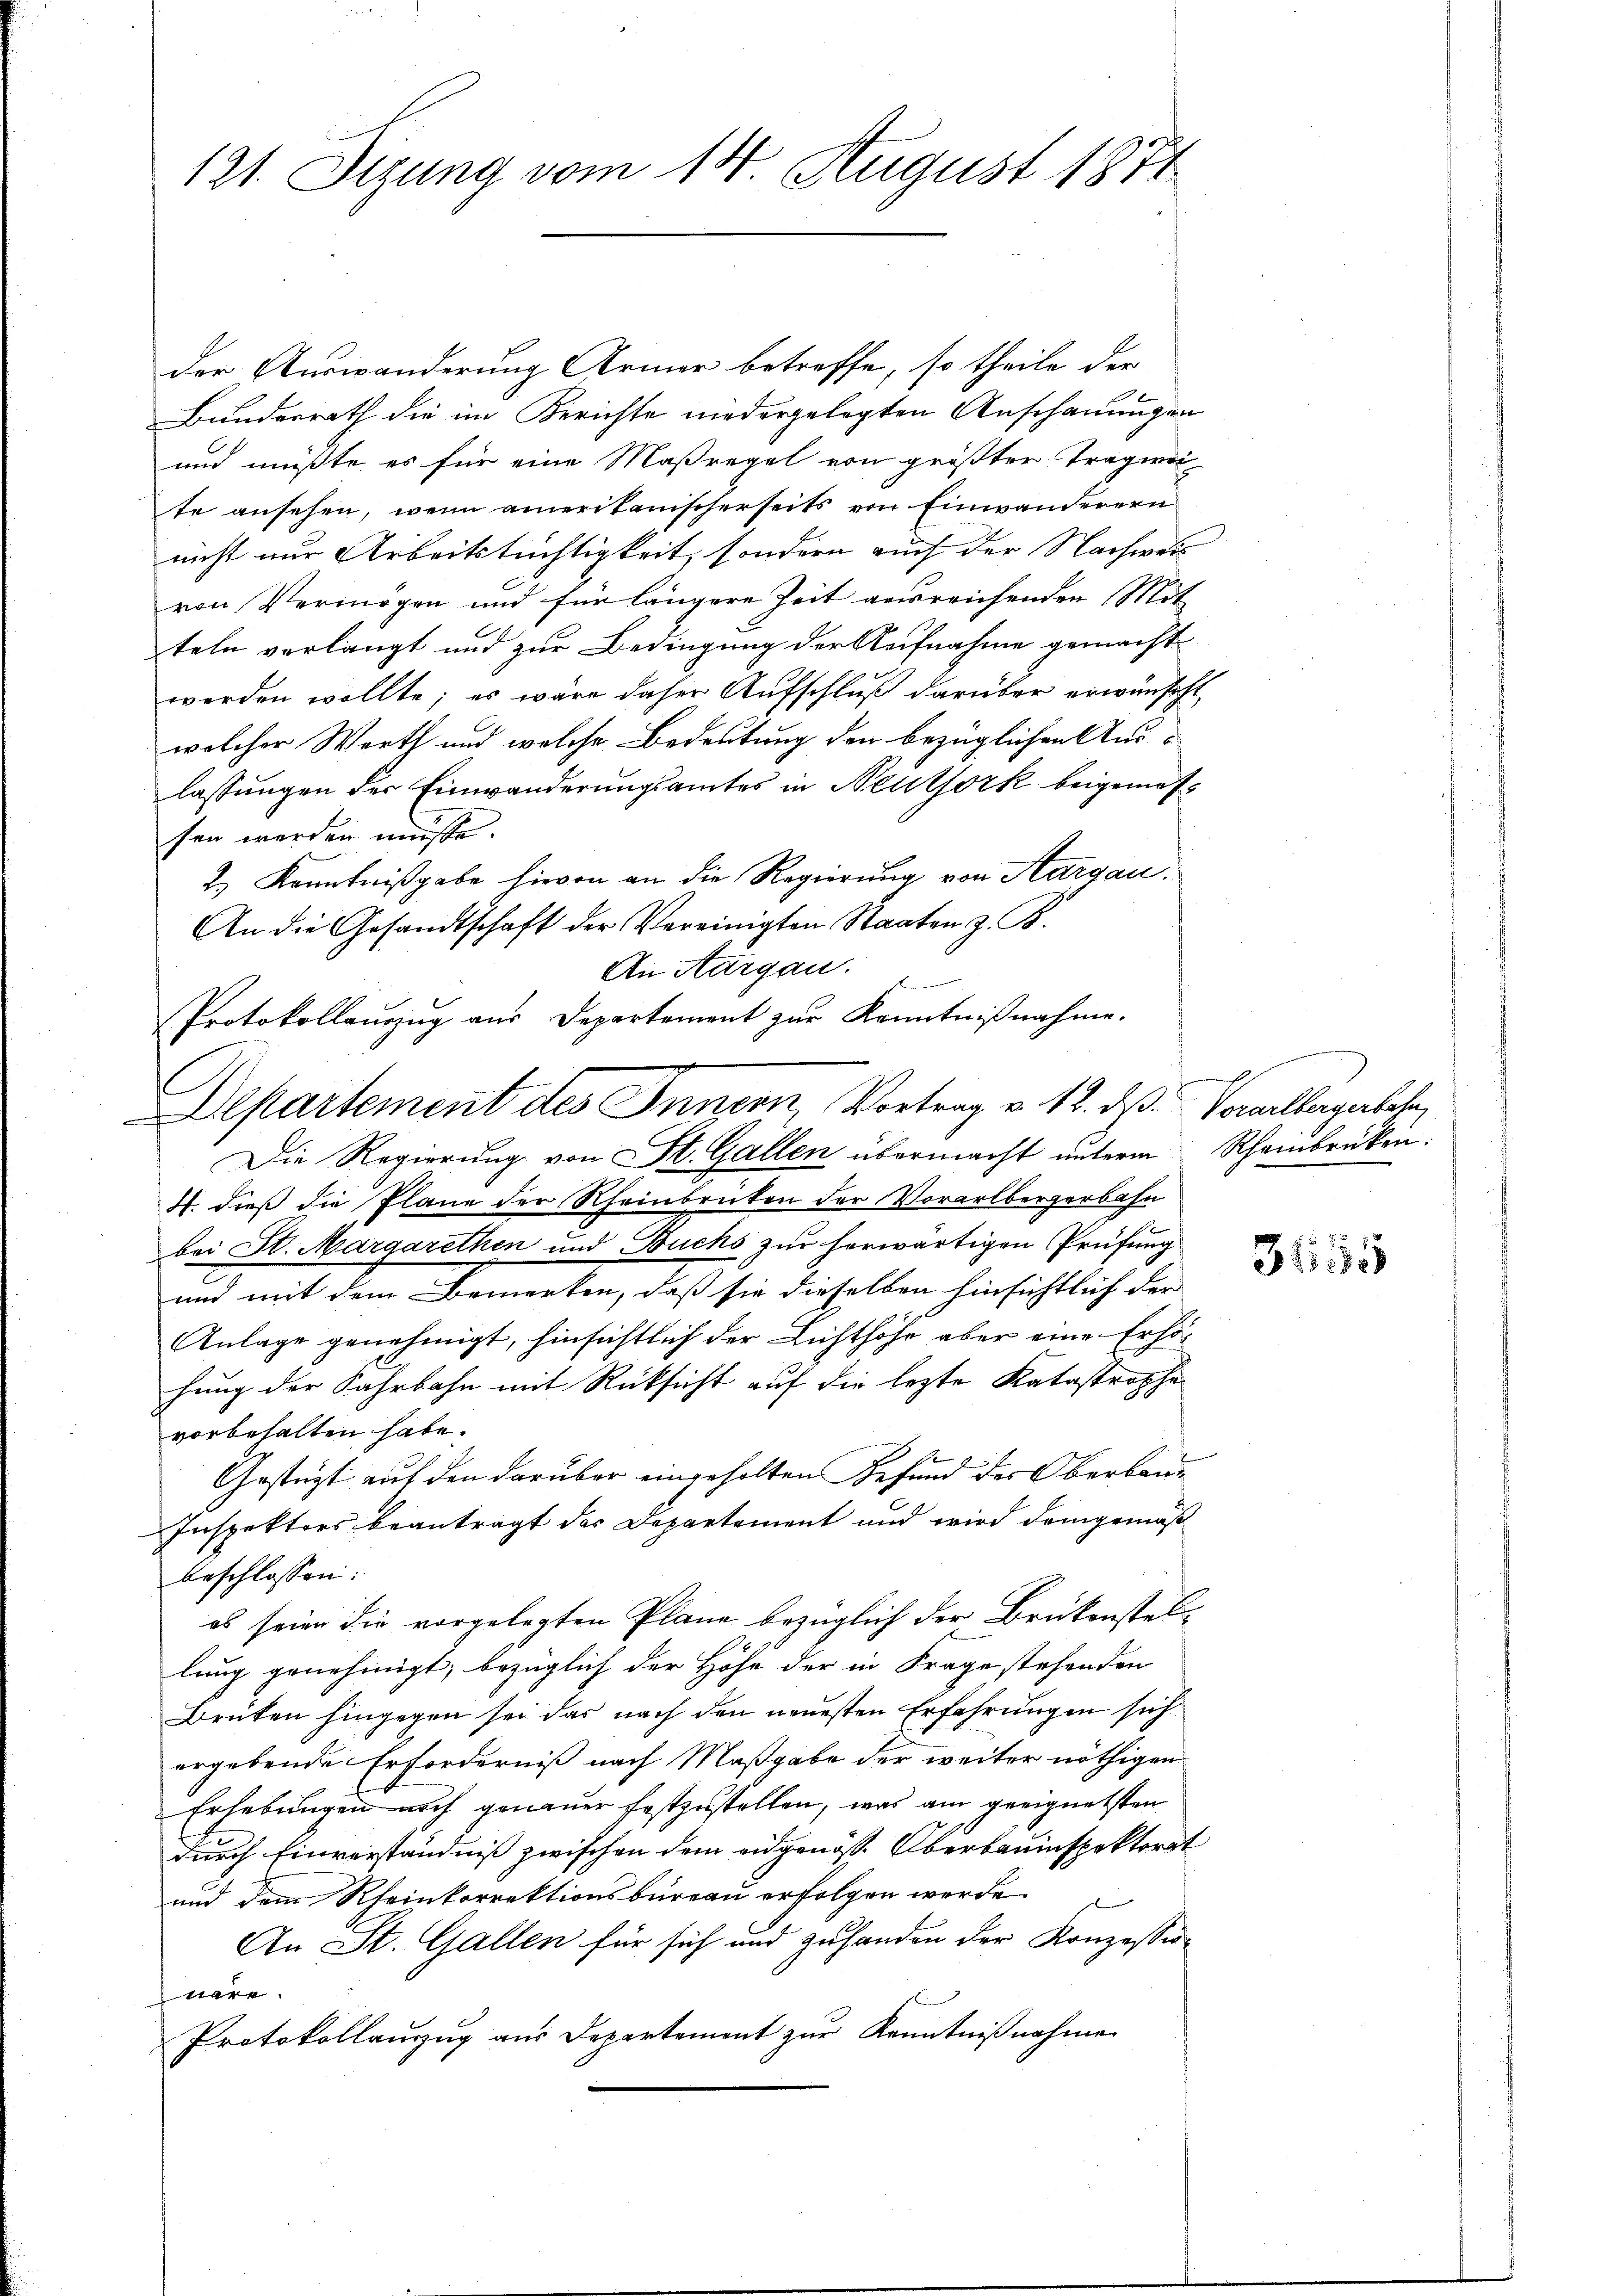
121. Sizung vom 14. August 1871

der Auswanderung Armer betreffe, so theile der
Bundesrath die im Berichte niedergelegten Anschauungen
und müßte, es für eine Maßregel von größter Tragweite ansehen, wenn amerikanischerseits von Einwanderern
nicht nur Arbeitstüchtigkeit, sondern auch der Nachweis
von Vermögen und für längere Zeit ausreichenden Mit-
teln verlangt und zur Bedingung der Aufnahme gemacht
worden wollte; es wäre daher Aufschluß darüber erwünscht,
welcher Worth und welche Bedeutung den bezüglichen Auslassungen der Einwanderungsamtes in Neutjork beigemessen werden müsse.
2.) Kenntnißgabe hievon an die Regierung von Aargau.
An die Gesandtschaft der Vereinigten Staaten z. B.
An Aargau.
Die Regierŭng von St. Gallen übermacht ŭnterm Rheinbrücken:
4. dieß die Plane der Rheinbrüten der Vorarlbergerbahn
bei St. Margarethen und Buchs zur herwärtigen Prüfung
und mit dem Bemerken, daß sie dieselben hinsichtlich der
Anlage genehmigt, hinsichtlich der Lichthöhe aber eine Erhöhung der Fahrbahn mit Rücksicht auf die lezte Katastrophe
vorbehalten habe.
Gestüzt auf den darüber eingeholten Befund des Oberbau¬
Inspektors beantragt des Departement und wird demgemäß
beschlossen:
es seien die vorgelegten Plane bezüglich der Brückenstellung genehmigt, bezüglich der Höhe der in Frage stehenden
Drüten hingegen sei das nach den neuesten Erfahrungen sich
ergebende Erforderniß nach Maßgabe der weiter nöthigen
Erhebungen noch genauer festzustellen, was am geeignetsten
durch Einverständniß zwischen dem eidgenösse Oberbauinspektorat
und dem Kleinkorrektionsbüreau erfolgen werde
f
An St. Gallen für sich und zuhanden der Konzessionere.
Protokollauszug aus Departement zur Kenntnißnahme

Protokollaŭszŭg aŭs Departement zŭr Kenntniβnahme.
Departement des Innern, Vortrag v. 12. ds Vorarlbergerlehe

3155